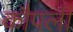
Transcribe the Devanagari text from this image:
कौपली